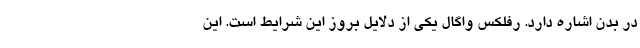
در بدن اشاره دارد. رفلکس واگال یکی از دلایل بروز این شرایط است. این